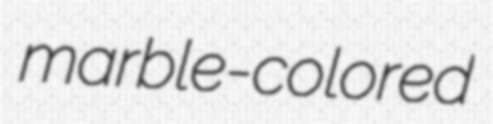
marble-colored